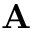
\mathbf { A }